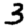
Digit: 3